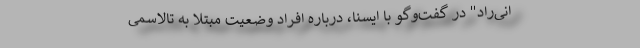
انی‌راد" در گفت‌وگو با ایسنا، درباره افراد وضعیت مبتلا به تالاسمی